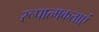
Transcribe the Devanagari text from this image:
रूपात्मकताएं